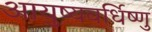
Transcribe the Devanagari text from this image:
आयुष्यवर्धिष्णु